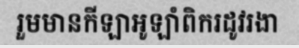
រួមមានកីឡាអូឡាំពិករដូវរងា